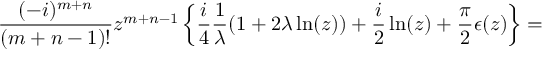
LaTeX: \frac { ( - i ) ^ { m + n } } { ( m + n - 1 ) ! } z ^ { m + n - 1 } \left\{ \frac { i } { 4 } \frac { 1 } { \lambda } ( 1 + 2 \lambda \ln ( z ) ) + \frac { i } { 2 } \ln ( z ) + \frac { \pi } { 2 } \epsilon ( z ) \right\} =